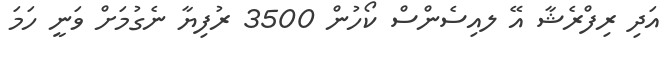
އަދި ރިފްރެޝާ އޭ ލއިސެންސް ކޯހުން 3500 ރުފިޔާ ނެގުމަށް ވަނީ ހަމަ